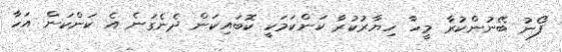
ފޯނު ބޭނުންކުރާ މީހާ ހިޔާރުކުރާ ކަންކަމަކީ ކޮބައިކަން ދެނެގަނެ އެ ކަންކަން އަހާ